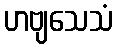
ဟဗျသေသံ